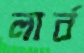
লার্ব